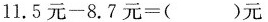
$$1 1 . 5 元 - 8 . 7 元 = ( ) 元$$